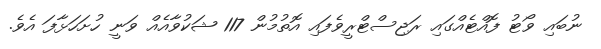
ނުބައި ވޯޓު ފޮއްޓެއްގައި ރަޖިސްޓްރީވެފައި އޮތުމުން 117 ޝަކުވާއެއް ވަނީ ހުށަހަޅާފަ އެވެ.